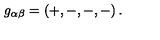
g _ { \alpha \beta } = \left( + , - , - , - \right) .